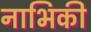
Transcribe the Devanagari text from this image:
नाभिकी